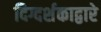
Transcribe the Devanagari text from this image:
दिग्दर्शकाद्वारे